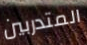
المتدربين